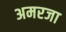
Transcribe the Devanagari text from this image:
अमरजा